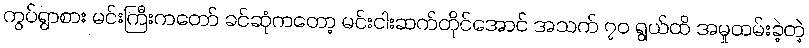
ကွပ်ရွာစား မင်းကြီးကတော် ခင်ဆုံကတော့ မင်းငါးဆက်တိုင်အောင် အသက် ၇၀ ရွယ်ထိ အမှုထမ်းခဲ့တဲ့